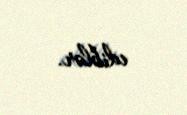
ediblər.